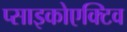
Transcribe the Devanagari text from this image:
प्साइकोएक्टिव